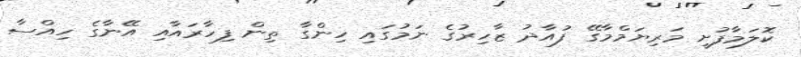
ކޮލަމާފުށީ މަރިޔަމްމާގޭ ފުއާދު ޒާހިރުގެ ނަމުގައި ހިންގާ ތިން ފިހާރައާއި އޭނާގެ ހިއްސާ